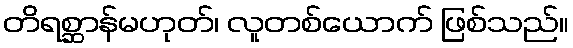
တိရစ္ဆာန်မဟုတ်၊ လူတစ်ယောက် ဖြစ်သည်။